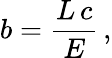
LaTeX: b={\frac{L\, c}{E}}\, ,